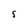
Character: S